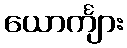
ယောင်္ကျား